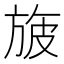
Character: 旇